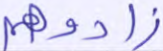
زادوهم